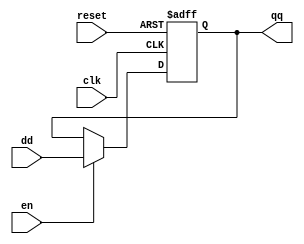
`timescale 1ns / 1ps
//////////////////////////////////////////////////////////////////////////////////
//Company: ITCR
// Estudiantes: 
// Deykel Hernndez Araya & Kennet Gonzales Njera
// Design Name: 
// Module Name:    Registro_2 
// Project Name: 
// Target Devices: 
// Tool versions: 
// Description: 
// Registro
// Dependencies: 
//
// Revision: 
// Revision 0.01 - File Created
// Additional Comments: 
//
//////////////////////////////////////////////////////////////////////////////////
module Registro_2(

input wire clk, reset ,
input wire en ,
input wire [1:0] dd ,
output reg [1:0] qq
);

always @(posedge clk, posedge reset)
if (reset)
qq <= 2'd0;
else if (en)
qq <= dd ;

endmodule